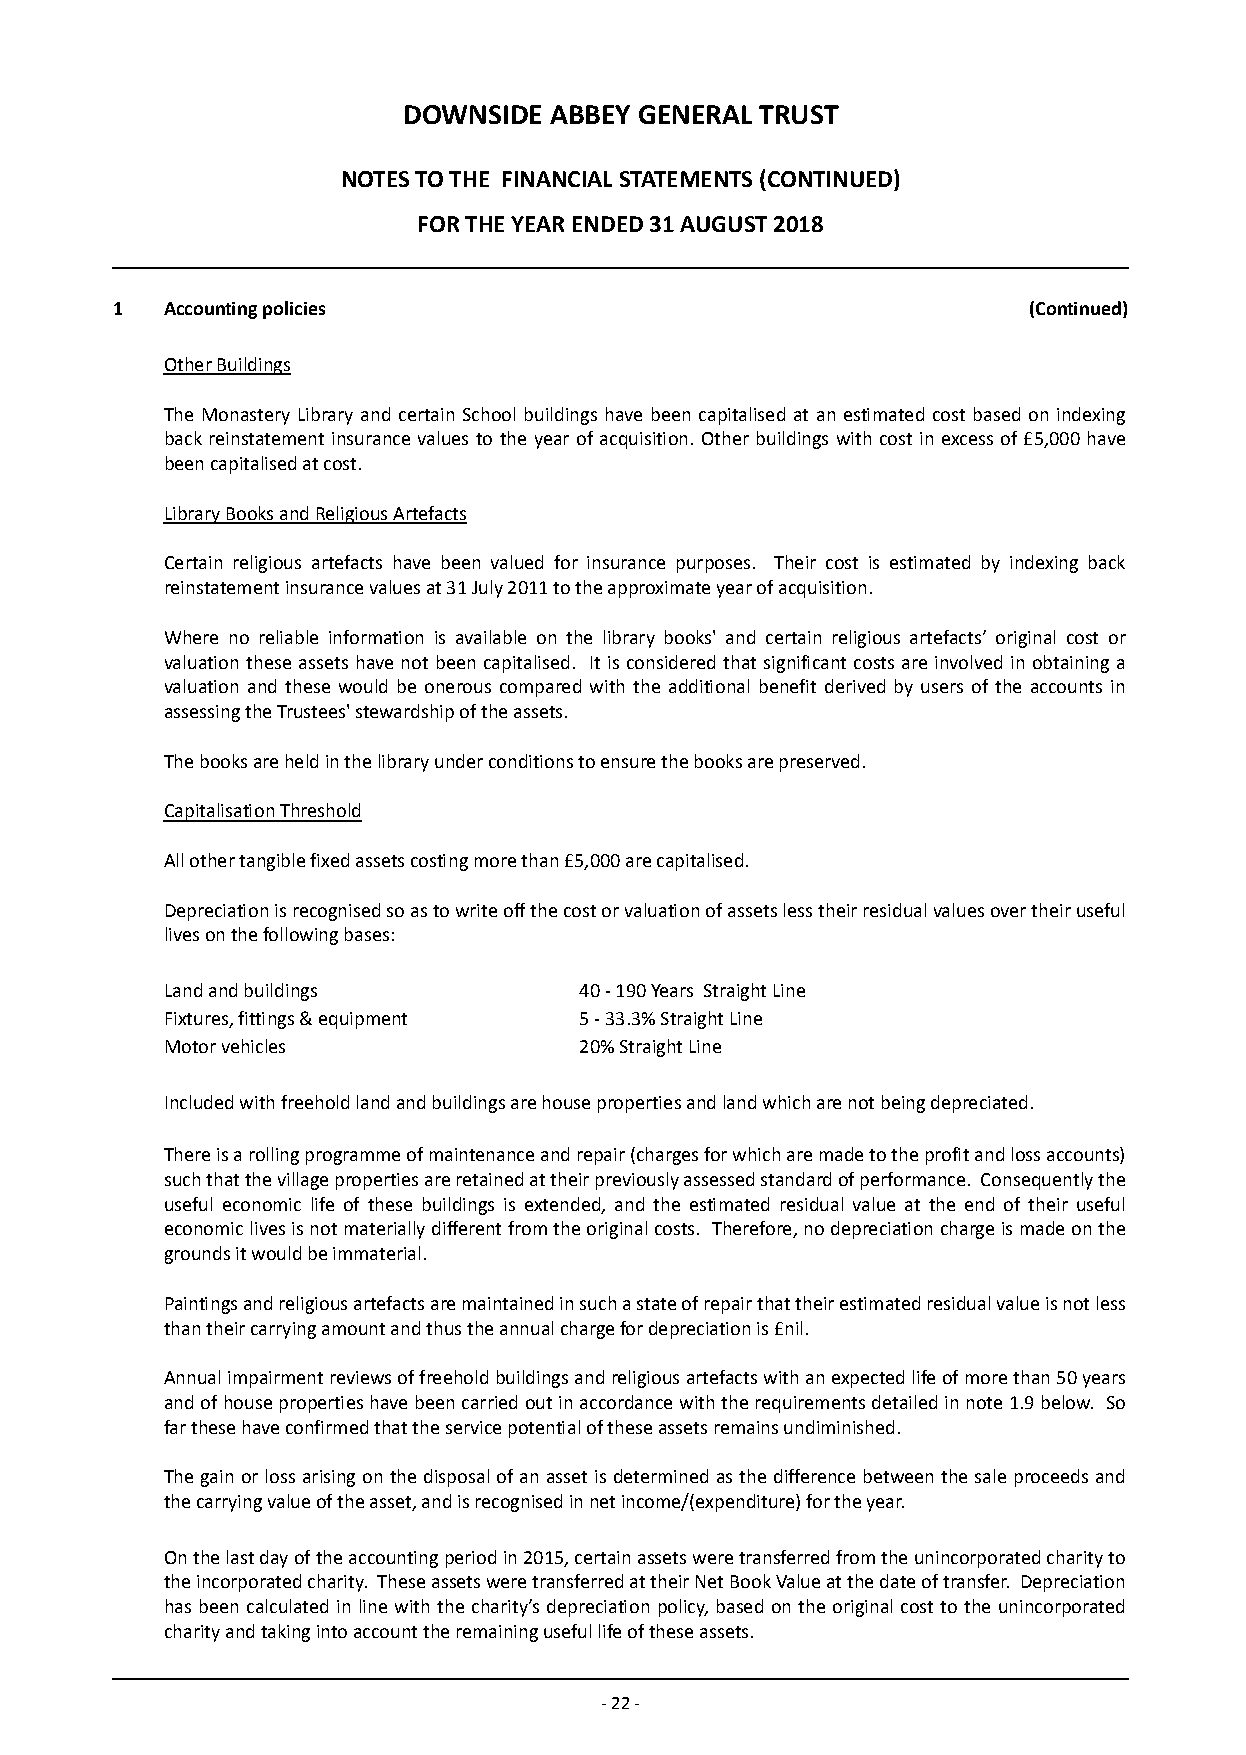
DOWNSIDE ABBEY GENERAL TRUST
 NOTES TO THE FINANCIAL STATEMENTS (CONTINUED)
 FOR THE YEAR ENDED 31 AUGUST 2018
 1   Accounting policies                                      (Continued)
 Other Buildings
 The Monastery Library and certain School buildings have been capitalised at an estimated cost based on indexing
 back reinstatement insurance values to the year of acquisition. Other buildings with cost in excess of £5,000 have
 been capitalised at cost.
 Library Books and Religious Artefacts
 Certain religious artefacts have been valued for insurance purposes. Their cost is estimated by indexing back
 reinstatement insurance values at 31 July 2011 to the approximate year of acquisition.
 Where no reliable information is available on the library books' and certain religious artefacts’ original cost or
 valuation these assets have not been capitalised. It is considered that significant costs are involved in obtaining a
 valuation and these would be onerous compared with the additional benefit derived by users of the accounts in
 assessing the Trustees' stewardship of the assets.
 The books are held in the library under conditions to ensure the books are preserved.
 Capitalisation Threshold
 All other tangible fixed assets costing more than £5,000 are capitalised.
 Depreciation is recognised so as to write off the cost or valuation of assets less their residual values over their useful
 lives on the following bases:
 Land and buildings         40 - 190 Years Straight Line
 Fixtures, fittings & equipment 5 - 33.3% Straight Line
 Motor vehicles             20% Straight Line
 Included with freehold land and buildings are house properties and land which are not being depreciated.
 There is a rolling programme of maintenance and repair (charges for which are made to the profit and loss accounts)
 such that the village properties are retained at their previously assessed standard of performance. Consequently the
 useful economic life of these buildings is extended, and the estimated residual value at the end of their useful
 economic lives is not materially different from the original costs. Therefore, no depreciation charge is made on the
 grounds it would be immaterial.
 Paintings and religious artefacts are maintained in such a state of repair that their estimated residual value is not less
 than their carrying amount and thus the annual charge for depreciation is £nil.
 Annual impairment reviews of freehold buildings and religious artefacts with an expected life of more than 50 years
 and of house properties have been carried out in accordance with the requirements detailed in note 1.9 below. So
 far these have confirmed that the service potential of these assets remains undiminished.
 The gain or loss arising on the disposal of an asset is determined as the difference between the sale proceeds and
 the carrying value of the asset, and is recognised in n et income/(expenditure) for the year.
 On the last day of the accounting period in 2015, certain assets were transferred from the unincorporated charity to
 the incorporated charity. These assets were transferred at their Net Book Value at the date of transfer. Depreciation
 has been calculated in line with the charity’s depreciation policy, based on the original cost to the unincorporated
 charity and taking into account the remaining useful life of these assets.
 - 22 -